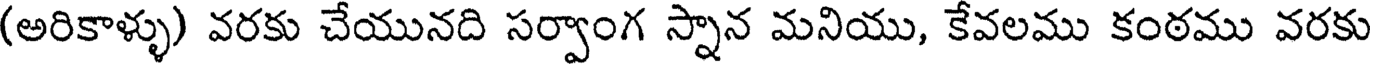
(అరికాళ్ళు) వరకు చేయునది సర్వాంగ స్నాన మనియు, కేవలము కంఠము వరకు